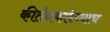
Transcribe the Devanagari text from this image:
कीर्तनकलेच्याच